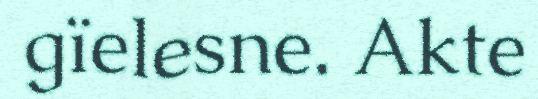
gïelesne. Akte